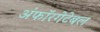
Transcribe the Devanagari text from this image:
अंफॉरगेटेबल